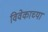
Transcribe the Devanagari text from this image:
विवेकाच्या